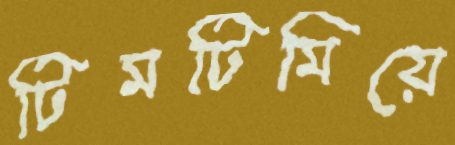
টিমটিমিয়ে